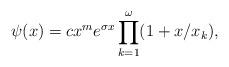
LaTeX: \begin{align*}\psi (x) = c x^{m} e^{\sigma x} \prod_{k=1}^{\omega} (1+x/x_{k}),\end{align*}